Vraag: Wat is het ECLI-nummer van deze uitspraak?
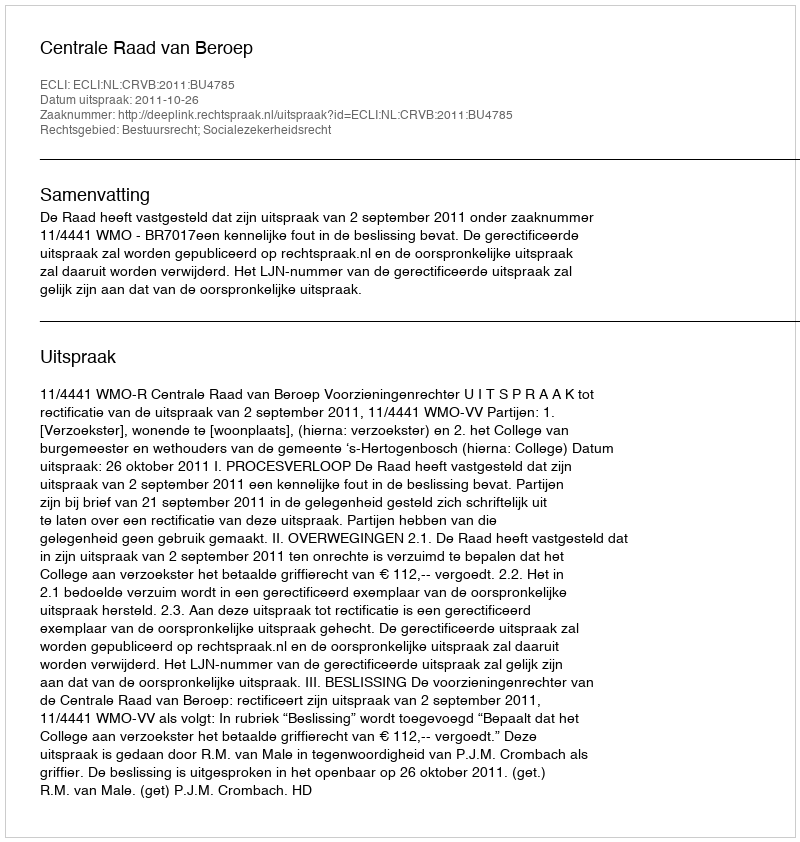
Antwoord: ECLI:NL:CRVB:2011:BU4785